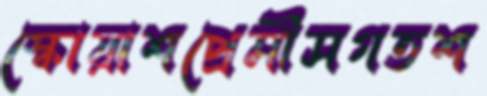
স্কোয়াশপ্রেমীসগতশ